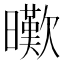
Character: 𣋸